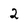
Character: 2